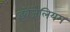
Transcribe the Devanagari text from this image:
इवेंजेलियम